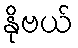
နိုဗယ်